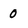
Character: 0